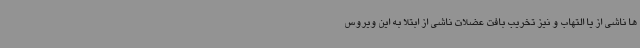
ها ناشی از یا التهاب و نیز تخریب بافت عضلات ناشی از ابتلا به این ویروس